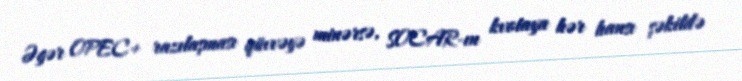
Əgər OPEC+ razılaşması qüvvəyə minərsə, SOCAR-ın kvotaya hər hansı şəkildə